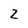
Character: 2